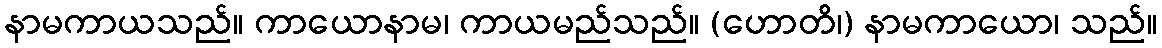
နာမကာယသည်။ ကာယောနာမ၊ ကာယမည်သည်။ (ဟောတိ၊) နာမကာယော၊ သည်။